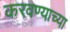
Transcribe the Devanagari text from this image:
करवण्याच्या